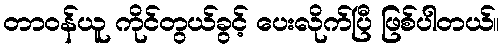
တာဝန်ယူ ကိုင်တွယ်ခွင့် ပေးလိုက်ပြီ ဖြစ်ပါတယ်။